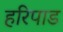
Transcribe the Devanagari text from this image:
हरिपाड